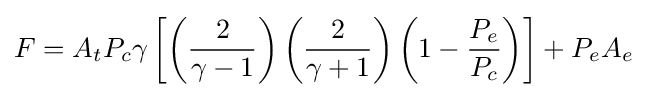
F=A_{t}P_{c}\gamma \left[\left({\frac {2}{\gamma -1}}\right)\left({\frac {2}{\gamma +1}}\right)\left(1-{\frac {P_{e}}{P_{c}}}\right)\right]+P_{e}A_{e}